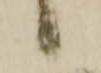
候